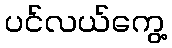
ပင်လယ်ကွေ့